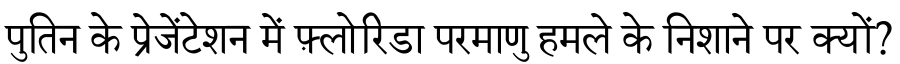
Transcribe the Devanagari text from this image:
पुतिन के प्रेजेंटेशन में फ़्लोरिडा परमाणु हमले के निशाने पर क्यों?